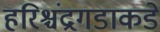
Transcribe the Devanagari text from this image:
हरिश्चंद्रगडाकडे